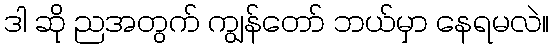
ဒါ ဆို ညအတွက် ကျွန်တော် ဘယ်မှာ နေရမလဲ။